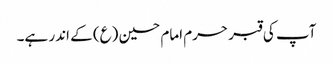
آپ کی قبر حرم امام حسین (ع) کے اندر ہے۔